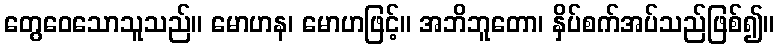
တွေဝေသောသူသည်။ မောဟန၊ မောဟဖြင့်။ အဘိဘူတော၊ နှိပ်စက်အပ်သည်ဖြစ်၍။